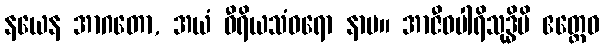
နယေန အာဂတော, အယံ ဝီရိယသံဝရော နာမ။ အာဇီဝပါရိသုဒ္ဓိပိ ဧတ္ထေဝ